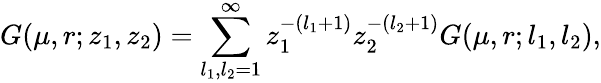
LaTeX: G(\mu,r;z_{1},z_{2})=\sum_{l_{1},l_{2}=1}^{\infty}z_{1}^{-(l_{1}+1)}z_{2}^{-(l_{2}+1)}G(\mu,r;l_{1},l_{2}),